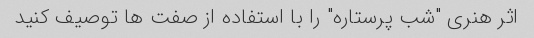
اثر هنری "شب پرستاره" را با استفاده از صفت ها توصیف کنید